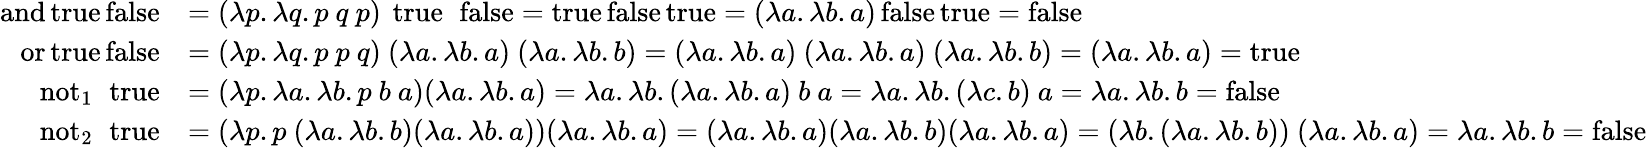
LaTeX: {\begin{array}{rl}{\operatorname{and}\operatorname{true}\operatorname{false}}&{=(\lambda p.\lambda q.p\ q\ p)\ \operatorname{true}\ \operatorname{false}=\operatorname{true}\operatorname{false}\operatorname{true}=(\lambda a.\lambda b.a)\operatorname{false}\operatorname{true}=\operatorname{false}}\\ {\operatorname{or}\operatorname{true}\operatorname{false}}&{=(\lambda p.\lambda q.p\ p\ q)\ (\lambda a.\lambda b.a)\ (\lambda a.\lambda b.b)=(\lambda a.\lambda b.a)\ (\lambda a.\lambda b.a)\ (\lambda a.\lambda b.b)=(\lambda a.\lambda b.a)=\operatorname{true}}\\ {\operatorname{not}_{1}\ \operatorname{true}}&{=(\lambda p.\lambda a.\lambda b.p\ b\ a)(\lambda a.\lambda b.a)=\lambda a.\lambda b.(\lambda a.\lambda b.a)\ b\ a=\lambda a.\lambda b.(\lambda c.b)\ a=\lambda a.\lambda b.b=\operatorname{false}}\\ {\operatorname{not}_{2}\ \operatorname{true}}&{=(\lambda p.p\ (\lambda a.\lambda b.b)(\lambda a.\lambda b.a))(\lambda a.\lambda b.a)=(\lambda a.\lambda b.a)(\lambda a.\lambda b.b)(\lambda a.\lambda b.a)=(\lambda b.(\lambda a.\lambda b.b))\ (\lambda a.\lambda b.a)=\lambda a.\lambda b.b=\operatorname{false}}\end{array}}